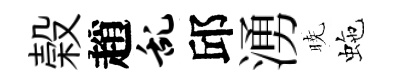
榖趙乱邱湧暁虵